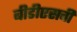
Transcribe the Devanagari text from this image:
बीडीएसची